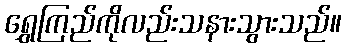
ရွှေကြည်ကိုလည်းသနားသွားသည်။